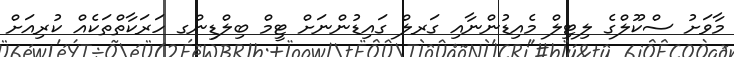
މާވަށު ސްކޫލްގެ ލިޓިލް މެއިޑުންނާއި ގަރލް ގައިޑުންނަށް ޓީމް ބިލްޑިންގ ހަރަކާތްތަކެއް ކުރިއަށް